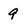
Character: 9